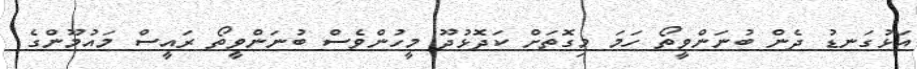
އަޅުގަނޑު ދެން ބުނަންވީތޯ ހަމަ މިގޮތަށް ކަދޮޅުދޫ މީހުންވެސް ބުނަންވީތޯ ރައީސް މައުމޫންގެ